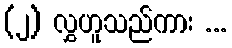
(၂) လွှဟူသည်ကား ...